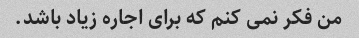
من فکر نمی کنم که برای اجاره زیاد باشد.